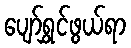
ပျော်ရွှင်ဖွယ်ရာ